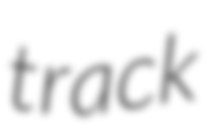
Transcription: track